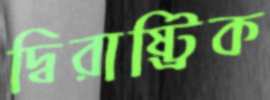
দ্বিরাষ্ট্রিক